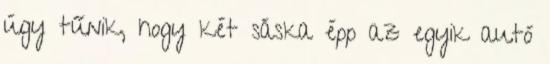
úgy tűnik, hogy két sáska épp az egyik autó